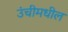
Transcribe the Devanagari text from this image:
उंचीमधील